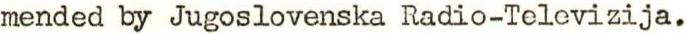
mended by Jugoslovenska Radio-Televizija.